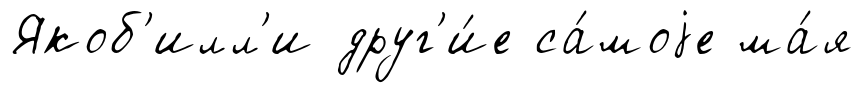
Якоб'илл'и друг'и́е са́моjе ма́я